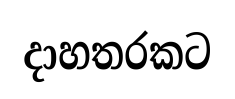
දාහතරකට